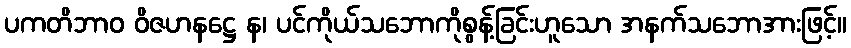
ပကတိဘာဝ ဝိဇဟနဋ္ဌေ န၊ ပင်ကိုယ်သဘောကိုစွန့်ခြင်းဟူသော အနက်သဘောအားဖြင့်။